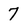
Character: 7